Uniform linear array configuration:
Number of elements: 32
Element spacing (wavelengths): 0.75
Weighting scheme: uniform
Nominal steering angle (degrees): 60
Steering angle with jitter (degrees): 58.053
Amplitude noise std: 0.05
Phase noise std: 0.05

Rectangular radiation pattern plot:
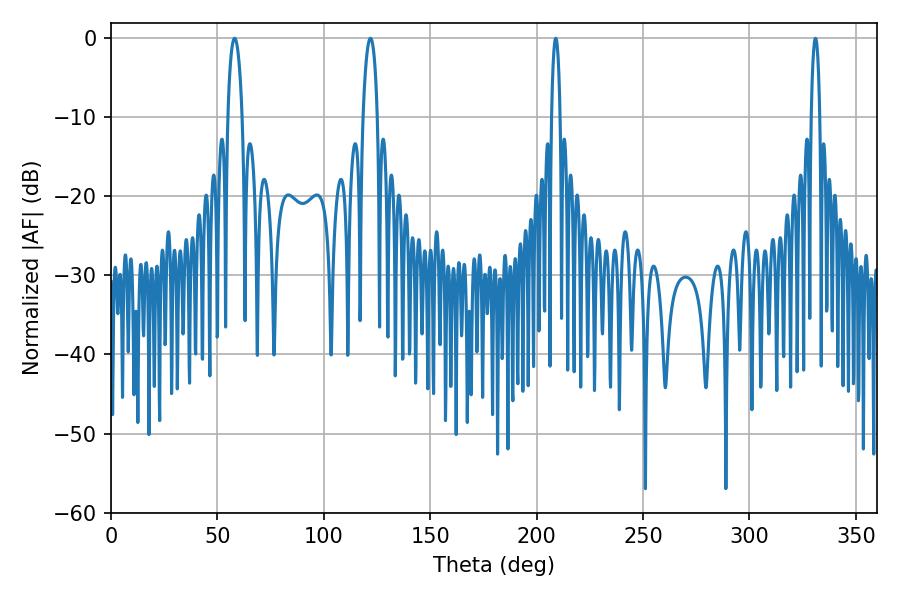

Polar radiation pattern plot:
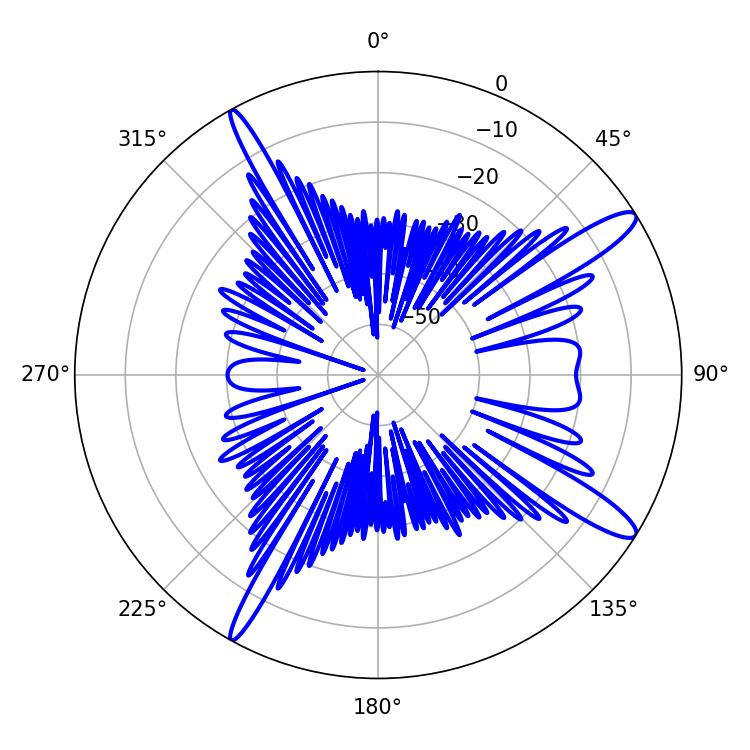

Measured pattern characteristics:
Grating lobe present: TRUE
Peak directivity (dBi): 13.545
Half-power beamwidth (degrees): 2.16
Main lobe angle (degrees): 208.98